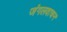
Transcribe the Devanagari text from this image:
जंगलवाचन